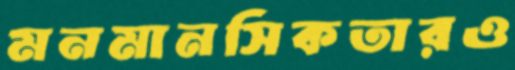
মনমানসিকতারও